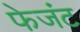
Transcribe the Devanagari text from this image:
फेजंट